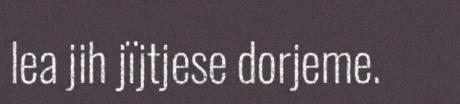
lea jih jïjtjese dorjeme.